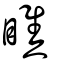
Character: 瞧